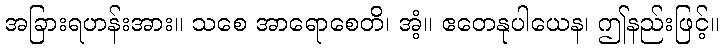
အခြားရဟန်းအား။ သစေ အာရောစေတိ၊ အံ့။ ဧတေနုပါယေန၊ ဤနည်းဖြင့်။